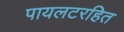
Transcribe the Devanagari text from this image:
पायलटरहित